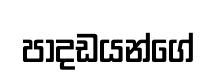
පාදඩයන්ගේ